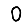
Digit: 0